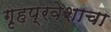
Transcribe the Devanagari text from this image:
गृहप्रवेशाचा